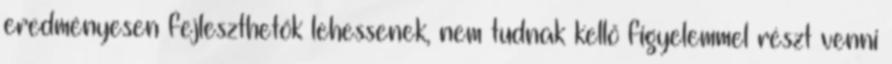
eredményesen fejleszthetők lehessenek, nem tudnak kellő figyelemmel részt venni